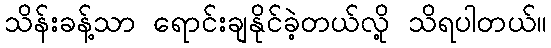
သိန်းခန့်သာ ရောင်းချနိုင်ခဲ့တယ်လို့ သိရပါတယ်။